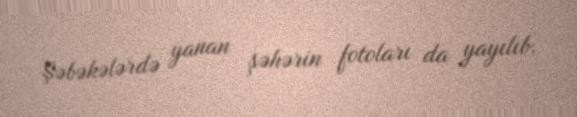
Şəbəkələrdə yanan şəhərin fotoları da yayılıb.